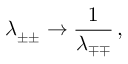
\lambda _ { \pm \pm } \rightarrow { \frac { 1 } { \lambda _ { \mp \mp } } } \, ,